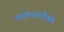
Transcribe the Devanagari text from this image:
चांद्रमासांपैकी